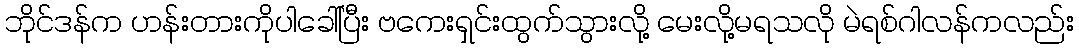
ဘိုင်ဒန်က ဟန်းတားကိုပါခေါ်ပြီး ဗကေးရှင်းထွက်သွားလို့ မေးလို့မရသလို မဲရစ်ဂါလန်ကလည်း